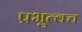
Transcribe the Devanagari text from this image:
प्रभुत्वच